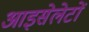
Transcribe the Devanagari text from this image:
आइसेलेटों